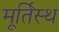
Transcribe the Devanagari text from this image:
मूर्तिस्थ